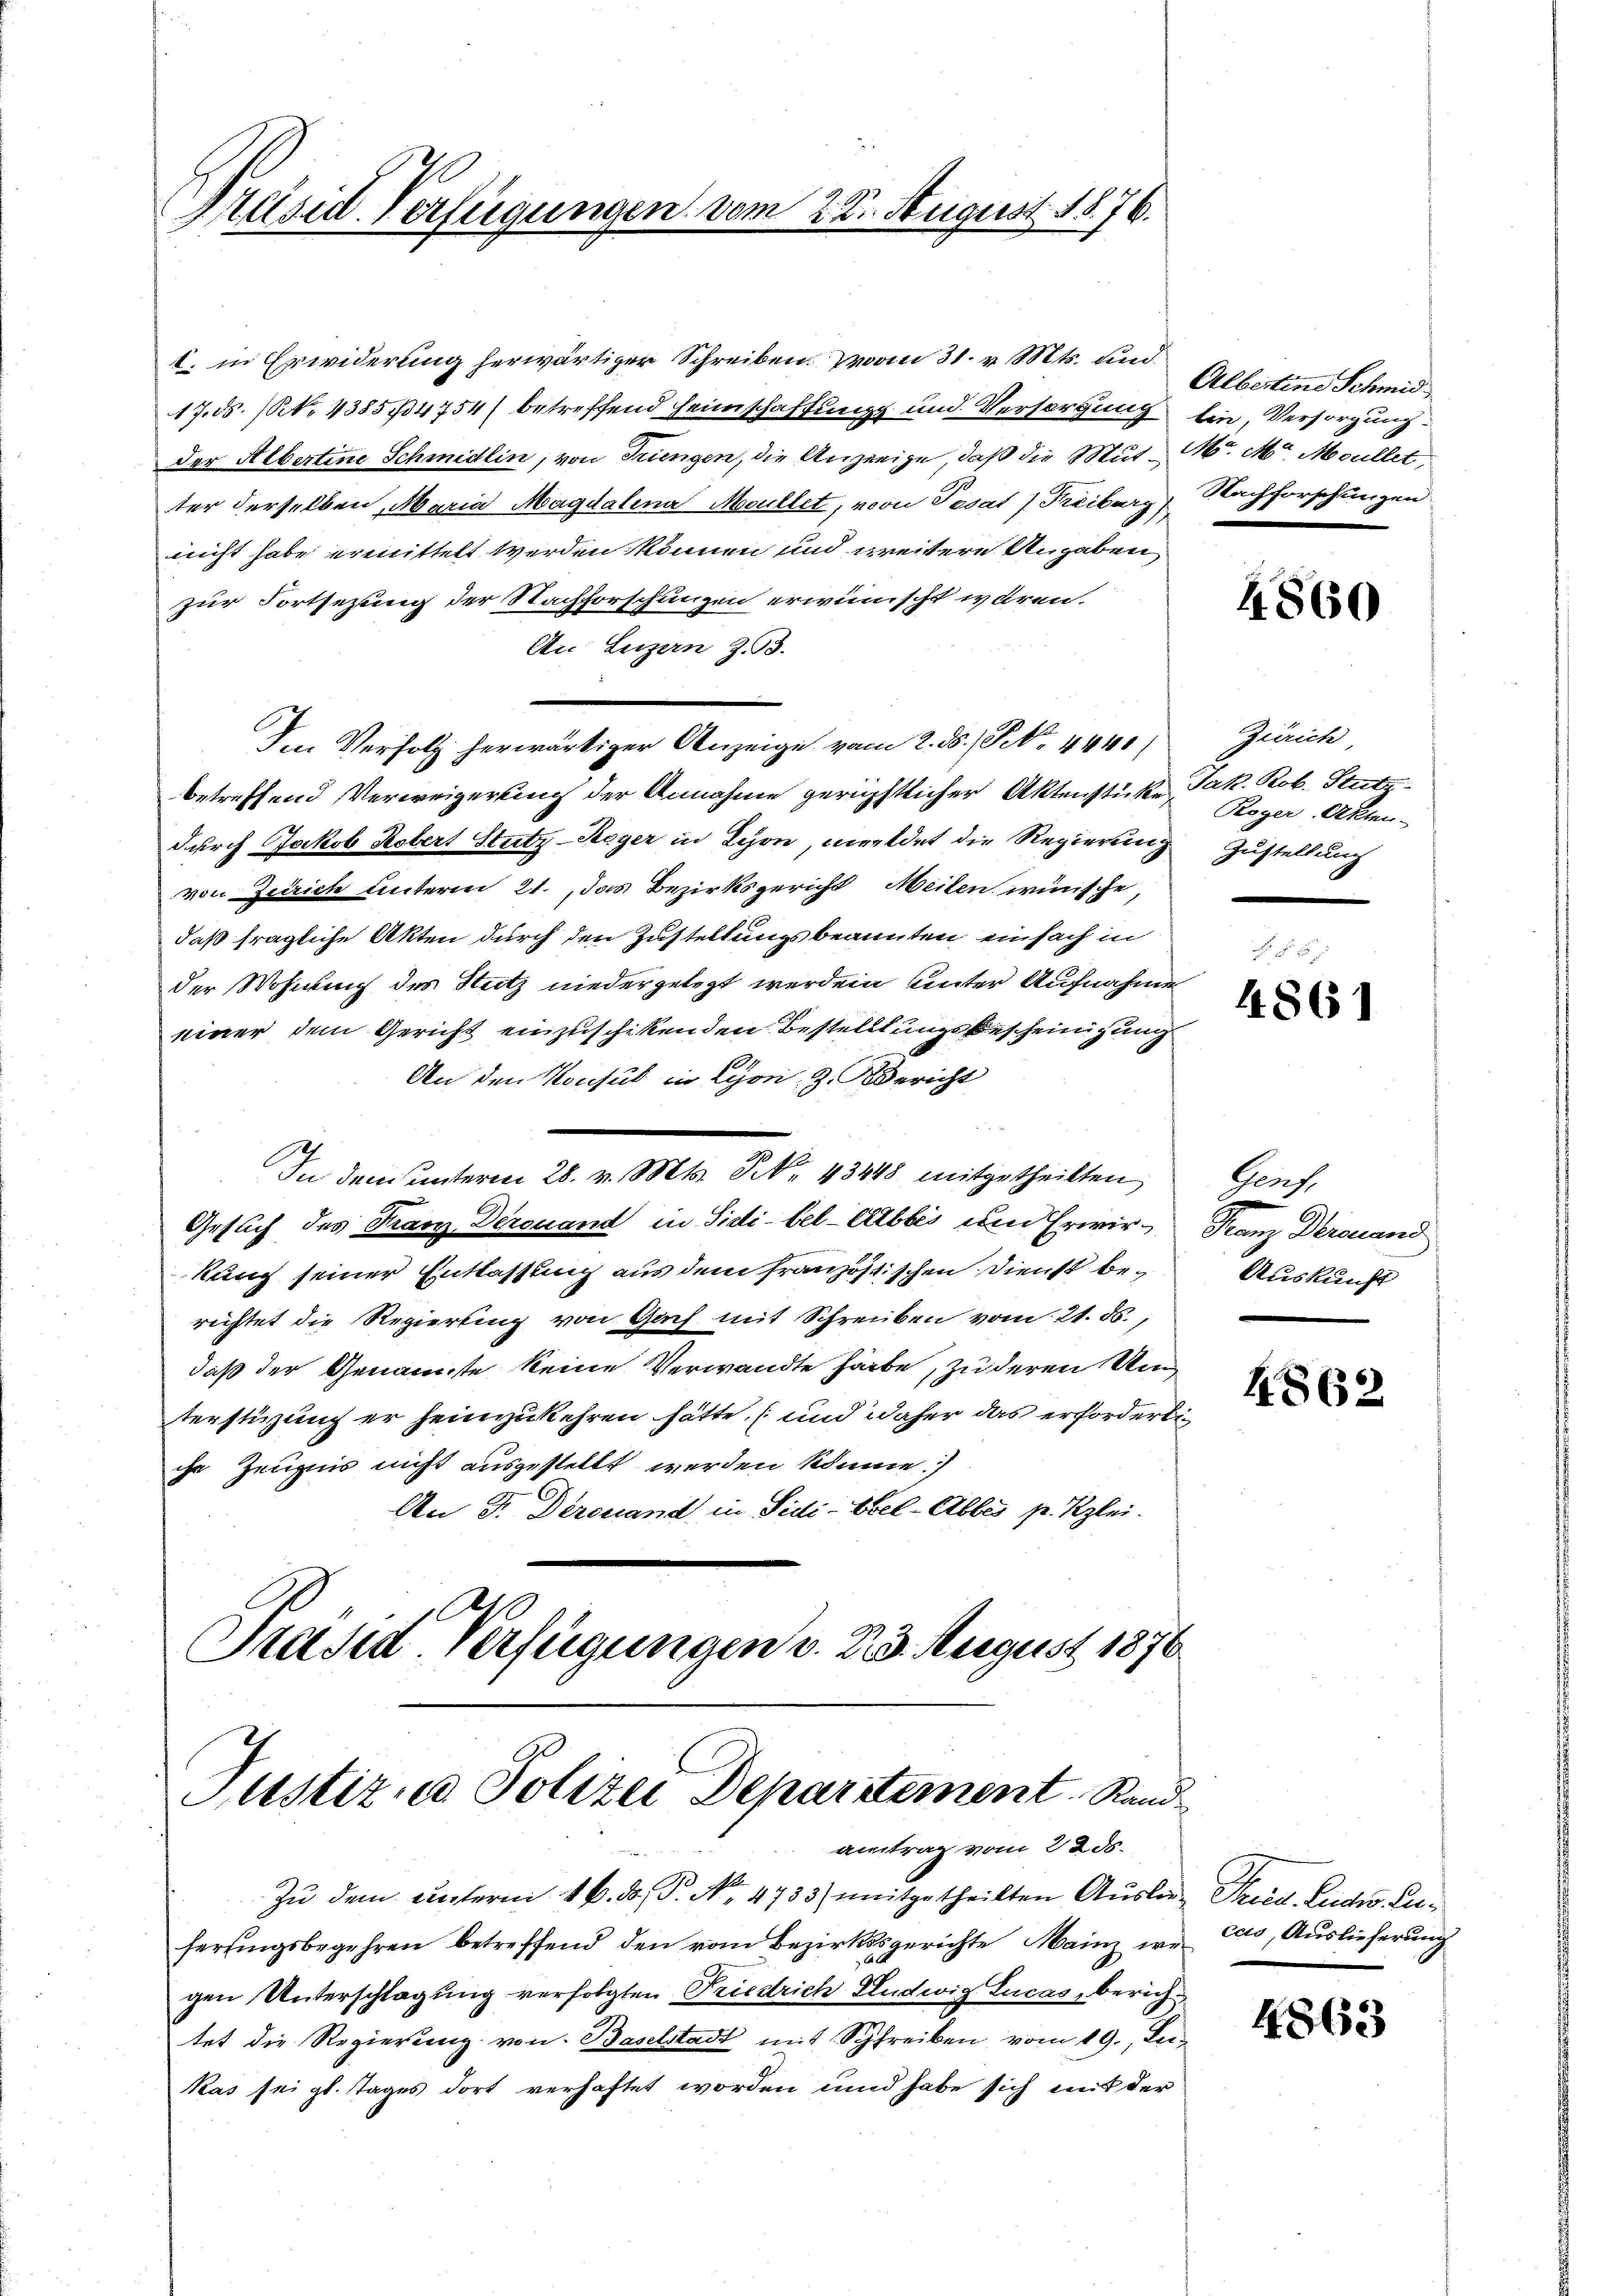
Präsid Verfügungen vom 22. August 1876.

17. ds. (N. 4385/4754 betreffend Heimschaffung und Versorgung ein, Versorgung
der Albertine Schmidlin, von Triengen, die Anzeige, daß die Mut. M. Mr. Moullet,
ter derselben, Maria Magdalena Moullet, von Pesat / Freiburg, Nachforschungen
nicht habe ermittelt werden können und weitere Angaben
zur Fortsezung der Nachforschungen erwünscht wären.
An Luzern Z. 93.
Im Verfolg herwärtiger Anzeige vom 2. ds. / NNo. 4440,
betreffend Verweigerung der Annahme gerichtlicher Aktenstüke Jak. Rob. Stutz
durch Jakob Kobert Stutz-Kager in Lyon, meldet die Regierung Zustellung
von Zürich unterm 21. das Bezirksgericht Meilen wünsche,
daß fragliche Akten durch den Zustellungsbeanten einfach in
der Wohnung des Nutz niedergelegt werden unter Aufnahme
einer dem Gericht einzuschikenden Bestelltungsbescheinigung
An den Konsul in Lyon, z. Bericht
In dem unterm 28. v. Mts. S. 43448 mitgetheilten
Gesuch des Kranz Derouand in Sidi-bel-Albbes und Erwirkung seiner Entlassung aus dem französischen Dienst berichtet die Regierung von Gach mit Schreiben vom 21. ds.,
daß der Genannte keine Verwandte härbe, zu deren Un
terstirung er heimzukehren hätte, (und daher das erforderliihr Zeugnis nicht ausgestellt werden könne.)
An Fr. Derenand in Sidi-Ebel-Abbes p. Kzlei.
10

I. in Erwiderung herwärtiger Schreiben vom 31. v. Mts. und

Justiz und Polizei Departement Rand
aitrag vom 22. ds.

Prasia Verfügungen v. 23. August 1876

Zu dem unterm 16. d. d. No. 4733) mitgetheilten Ausler-Fried. Ludw. Lufersingsbegehren betreffend den vom Bezirksgerichte ainz wir cas, Auslieferung
gen Unterschlagung verfolgten Friedrich Ludwig Lucas, berichtet die Regierung von Baselstadt mit Schreiben vom 19. Ju¬
Kas sei gl. Tages dort verhaftet worden und habe sich mit der

Albertine Schmid

4860

Zürich
Roger Akten-

4861

Genf,
Sanz Deinend
Auskunft

4862

4863